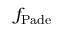
f _ { \mathrm { P a d e } }